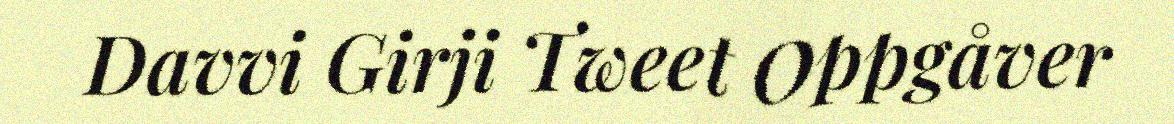
Davvi Girji Tweet Oppgåver